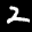
Label: 2